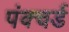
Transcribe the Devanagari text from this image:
पंक्चर्ड